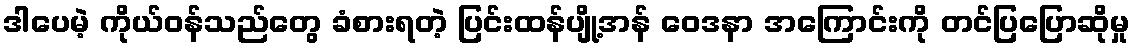
ဒါပေမဲ့ ကိုယ်ဝန်သည်တွေ ခံစားရတဲ့ ပြင်းထန်ပျို့အန် ဝေဒနာ အကြောင်းကို တင်ပြပြောဆိုမှု